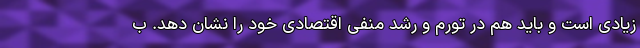
زیادی است و باید هم در تورم و رشد منفی اقتصادی خود را نشان دهد. ب